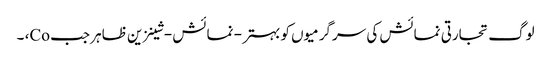
لوگ تجارتی نمائش کی سرگرمیوں کو بہتر - نمائش - شینزین ظاہر جب Co، ۔